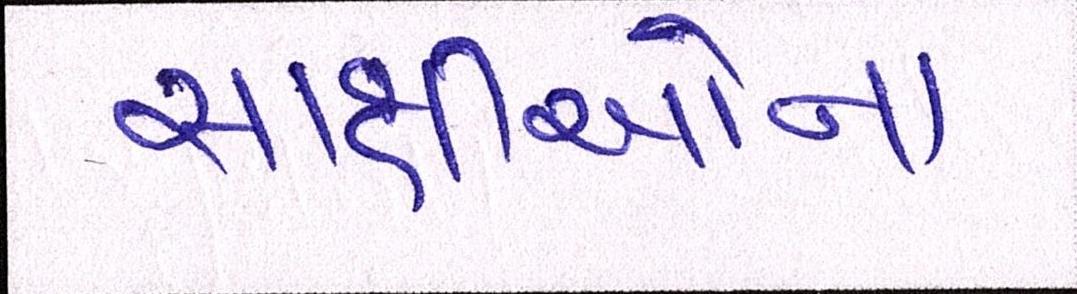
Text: સાક્ષીઓના